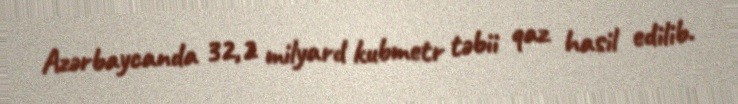
Azərbaycanda 32,2 milyard kubmetr təbii qaz hasil edilib.